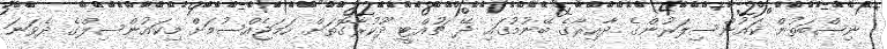
ނިޞްބަތުން ކައުންސިލަރުންގެ ދާއިރާގެ ބޭނުމުގައި ދޭ ޗުއްޓީ ދޫކުރާގޮތަށް ހަމަޖެއްސުމަށް މިކައުންސިލްގެ ދެވަނަ